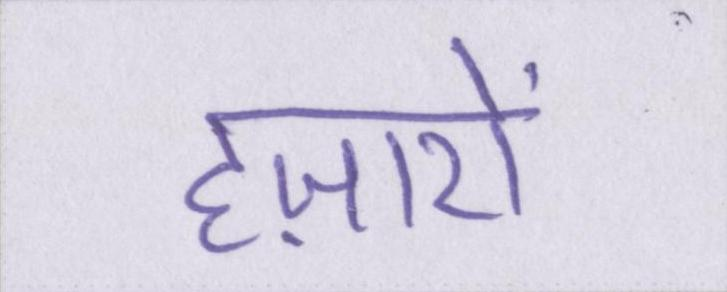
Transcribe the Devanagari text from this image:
हज़ारों